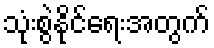
သုံးစွဲနိုင်ရေးအတွက်